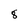
Character: 8